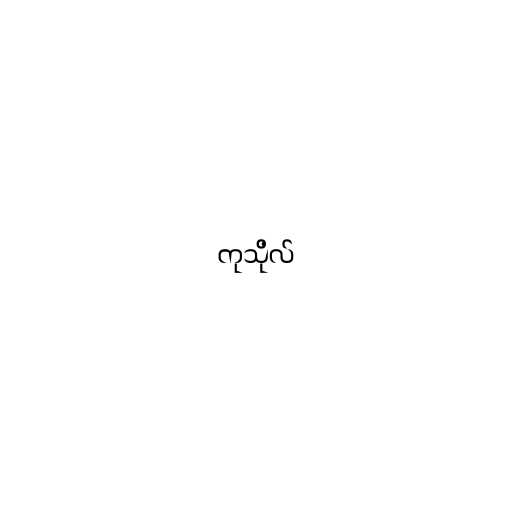
ကုသိုလ်